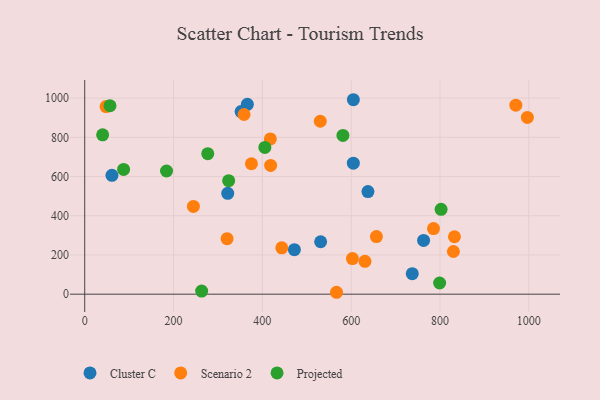
{"axis": {"x": "Experience", "y": "Fuel Efficiency"}, "legend": ["Cluster C", "Projected", "Scenario 2"], "data": [{"x": "322.0", "y": 514.5, "type": "Cluster C"}, {"x": "366.2", "y": 968.3, "type": "Cluster C"}, {"x": "737.5", "y": 104.5, "type": "Cluster C"}, {"x": "763.0", "y": 274.2, "type": "Cluster C"}, {"x": "352.1", "y": 931.2, "type": "Cluster C"}, {"x": "472.1", "y": 226.9, "type": "Cluster C"}, {"x": "61.3", "y": 606.1, "type": "Cluster C"}, {"x": "637.7", "y": 523.3, "type": "Cluster C"}, {"x": "531.2", "y": 267.5, "type": "Cluster C"}, {"x": "604.8", "y": 668.1, "type": "Cluster C"}, {"x": "604.9", "y": 991.7, "type": "Cluster C"}, {"x": "656.8", "y": 293.7, "type": "Scenario 2"}, {"x": "830.1", "y": 217.7, "type": "Scenario 2"}, {"x": "602.8", "y": 181.6, "type": "Scenario 2"}, {"x": "996.7", "y": 901.3, "type": "Scenario 2"}, {"x": "530.4", "y": 882.0, "type": "Scenario 2"}, {"x": "832.5", "y": 292.9, "type": "Scenario 2"}, {"x": "631.0", "y": 167.3, "type": "Scenario 2"}, {"x": "566.9", "y": 9.7, "type": "Scenario 2"}, {"x": "443.7", "y": 236.5, "type": "Scenario 2"}, {"x": "375.4", "y": 665.3, "type": "Scenario 2"}, {"x": "417.9", "y": 791.9, "type": "Scenario 2"}, {"x": "244.7", "y": 447.4, "type": "Scenario 2"}, {"x": "358.7", "y": 916.3, "type": "Scenario 2"}, {"x": "48.1", "y": 957.0, "type": "Scenario 2"}, {"x": "785.3", "y": 334.7, "type": "Scenario 2"}, {"x": "418.6", "y": 656.5, "type": "Scenario 2"}, {"x": "320.5", "y": 283.2, "type": "Scenario 2"}, {"x": "970.7", "y": 964.1, "type": "Scenario 2"}, {"x": "802.4", "y": 432.7, "type": "Projected"}, {"x": "40.3", "y": 812.5, "type": "Projected"}, {"x": "799.1", "y": 57.0, "type": "Projected"}, {"x": "324.1", "y": 579.1, "type": "Projected"}, {"x": "581.4", "y": 809.8, "type": "Projected"}, {"x": "405.6", "y": 748.5, "type": "Projected"}, {"x": "263.3", "y": 15.7, "type": "Projected"}, {"x": "87.5", "y": 636.0, "type": "Projected"}, {"x": "184.2", "y": 628.3, "type": "Projected"}, {"x": "56.9", "y": 960.9, "type": "Projected"}, {"x": "277.0", "y": 716.7, "type": "Projected"}]}